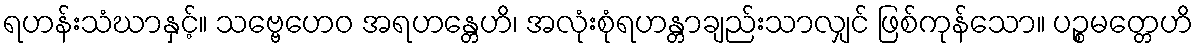
ရဟန်းသံဃာနှင့်။ သဗ္ဗေဟေဝ အရဟန္တေဟိ၊ အလုံးစုံရဟန္တာချည်းသာလျှင် ဖြစ်ကုန်သော။ ပဉ္စမတ္တေဟိ